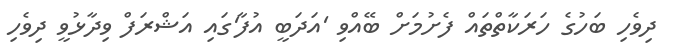
ދިވެހި ބަހުގެ ހަރަކާތްތައް ފެށުމަށް ބޭއްވި 'އަދަބީ އުފާ'ގައި އަޝްރަފް ވިދާޅުވީ ދިވެހި